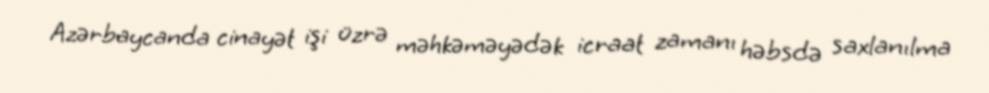
Azərbaycanda cinayət işi üzrə məhkəməyədək icraat zamanı həbsdə saxlanılma